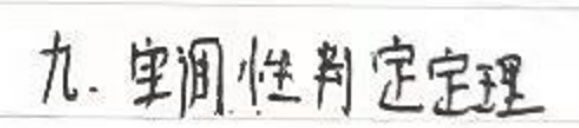
九. 单调性判定定理